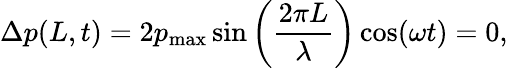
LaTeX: \Delta p(L,t)=2p_{\mathrm{max}}\sin\left({\frac{2\pi L}{\lambda}}\right)\cos(\omega t)=0,